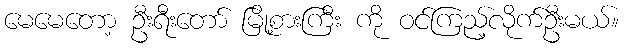
မေမေတော့ ဦးရီးတော် မြို့စားကြီး ကို ဝင်ကြည့်လိုက်ဦးမယ်။